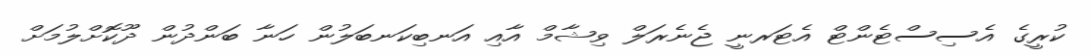
ކުރީގެ އެސިސްޓެންޓް އެޓަރނީ ޖެނެރަލް ވިޝާމް އާއި އަނބިކަނބަލުން ހަނާ ބަންދުން ދޫކޮށްލުމަށް